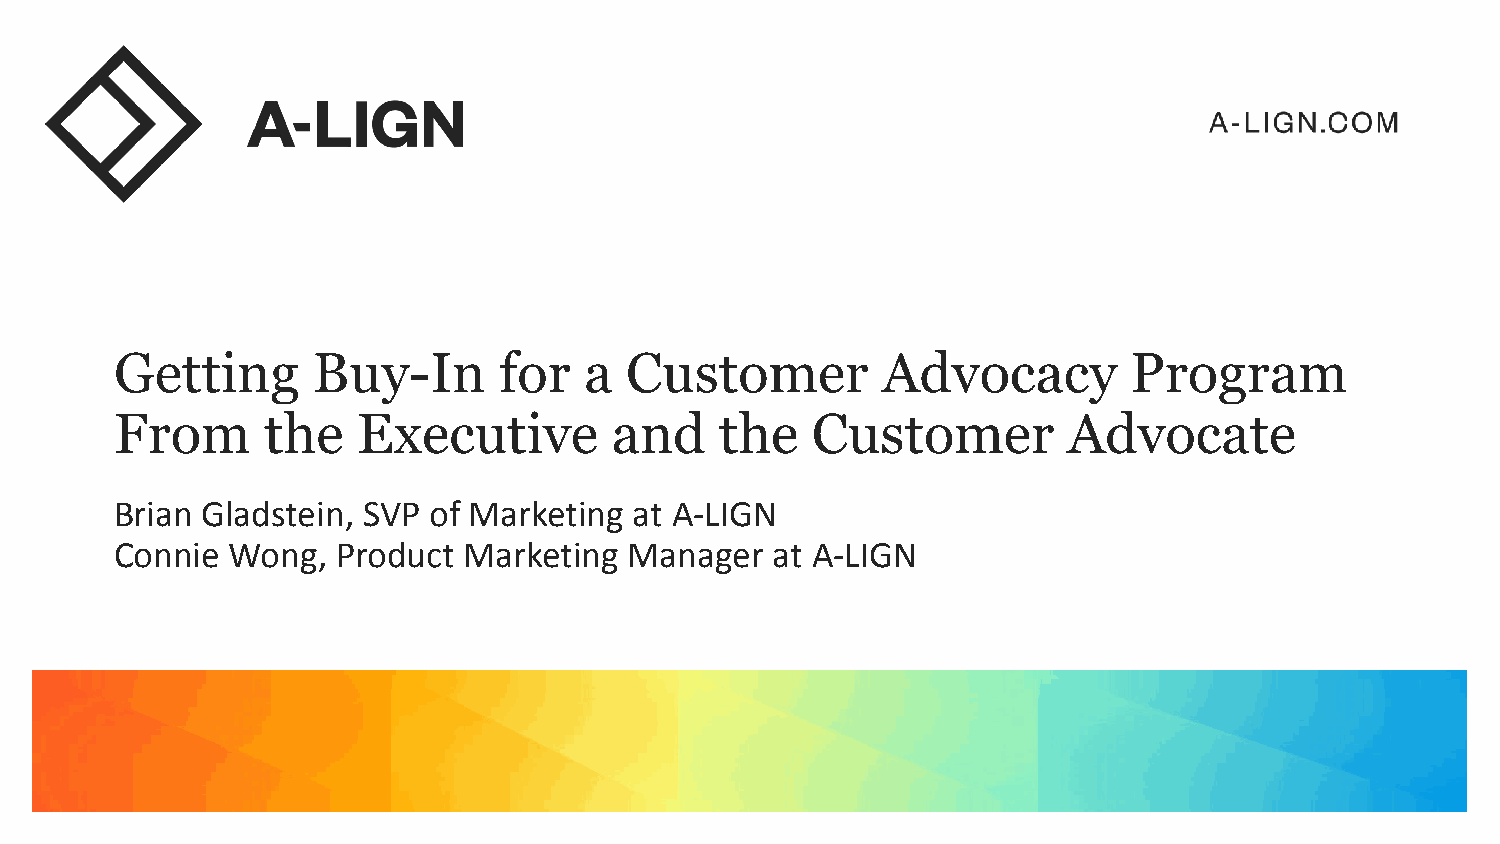
Getting      Buy-In      for   a Customer         Advocacy         Program
 From     the    Executive       and     the   Customer         Advocate
 Brian Gladstein, SVP of Marketing at A-LIGN
 Connie Wong,  Product  Marketing  Manager  at A-LIGN